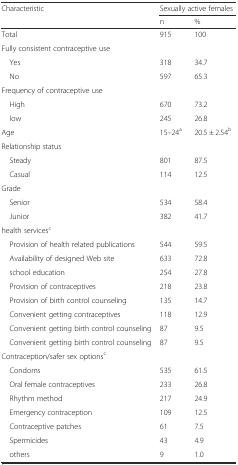
| <ROWSPAN=2> Characteristic | <COLSPAN=2> Sexually active females |
 | n | % |
 | --- | --- | --- |
 | Total | 915 | 100 |
 | <COLSPAN=3> Fully consistent contraceptive use |
 | Yes | 318 | 34.7 |
 | No | 597 | 65.3 |
 | <COLSPAN=3> Frequency of contraceptive use |
 | High | 670 | 73.2 |
 | low | 245 | 26.8 |
 | Age | 15–24a | 20.5 ± 2.54b |
 | <COLSPAN=3> Relationship status |
 | Steady | 801 | 87.5 |
 | Casual | 114 | 12.5 |
 | <COLSPAN=3> Grade |
 | Senior | 534 | 58.4 |
 | Junior | 382 | 41.7 |
 | <COLSPAN=3> health servicesc |
 | Provision of health related publications | 544 | 59.5 |
 | Availability of designed Web site | 633 | 72.8 |
 | school education | 254 | 27.8 |
 | Provision of contraceptives | 218 | 23.8 |
 | Provision of birth control counseling | 135 | 14.7 |
 | Convenient getting contraceptives | 118 | 12.9 |
 | Convenient getting birth control counseling | 87 | 9.5 |
 | Convenient getting birth control counseling | 87 | 9.5 |
 | <COLSPAN=3> Contraception/safer sex optionsc |
 | Condoms | 535 | 61.5 |
 | Oral female contraceptives | 233 | 26.8 |
 | Rhythm method | 217 | 24.9 |
 | Emergency contraception | 109 | 12.5 |
 | Contraceptive patches | 61 | 7.5 |
 | Spermicides | 43 | 4.9 |
 | others | 9 | 1.0 |